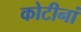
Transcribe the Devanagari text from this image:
कोटीनां